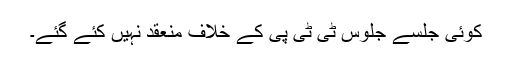
کوئی جلسے جلوس ٹی ٹی پی کے خلاف منعقد نہیں کئے گئے۔